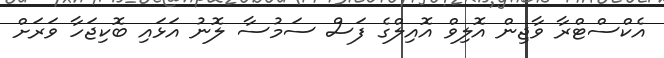
އެކްސްޓްރާ ވާޖިން އޮލިވް އޮއިލްގެ ފަސް ސަމުސާ ލޮނު އަޅައި ބޮކިޖަހާ ވަރަށް